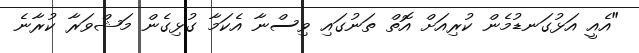
"އެއީ އަޅުގަނޑުމެން ކުރިއަށް އޮތް ތަނުގައި ވިސްނާ އެކަމާ ގުޅިގެން މަޝްވަރާ ކުރާނެ